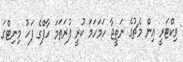
ވިކްޓަރީ އިން މެޗުގެ ނަތީޖާ ހަމަހަމަ ކުރީ ފުރަތަމަ ހާފްގެ ފަހު މިނިޓްގަ